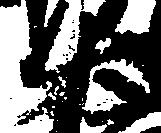
大